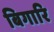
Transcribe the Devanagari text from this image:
बिगारि